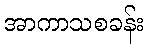
အာကာသစခန်း